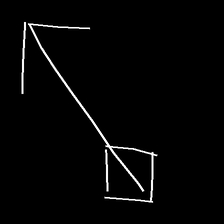
Glyph: focus